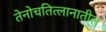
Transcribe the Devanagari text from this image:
तेनोचतित्लानातील